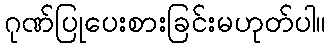
ဂုဏ်ပြုပေးစားခြင်းမဟုတ်ပါ။